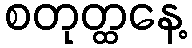
စတုတ္ထနေ့